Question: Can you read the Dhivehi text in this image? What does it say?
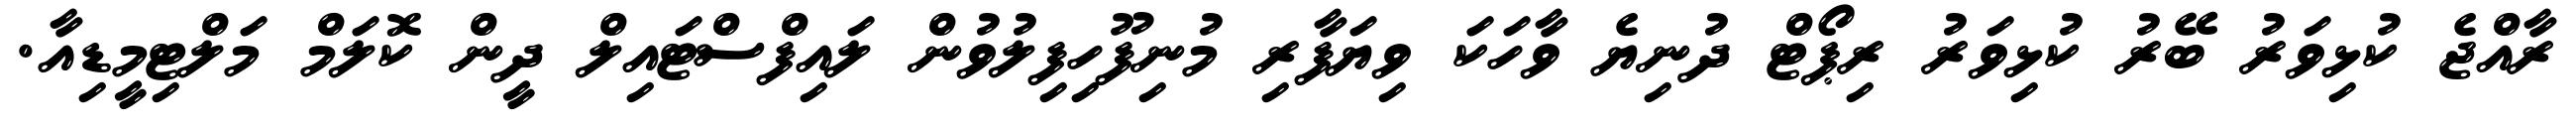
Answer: ރާއްޖެ ކުޅިވަރު ބޭރު ކުޅިވަރު ރިޕޯޓް ދުނިޔެ ވާހަކަ ވިޔަފާރި މުނިފޫހިފިލުވުން ލައިފްސްޓައިލް ދީން ކޮލަމް މަލްޓިމީޑިއާ.